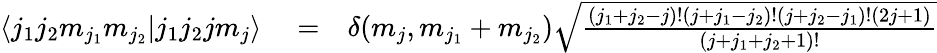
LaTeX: \begin{array}{rlr}{\left<j_{1}j_{2}m_{j_{1}}m_{j_{2}}|j_{1}j_{2}jm_{j}\right>}&{{}=}&{\delta(m_{j},m_{j_{1}}+m_{j_{2}})\sqrt{\frac{\left(j_{1}+j_{2}-j\right)!\left(j+j_{1}-j_{2}\right)!\left(j+j_{2}-j_{1}\right)!(2j+1)}{\left(j+j_{1}+j_{2}+1\right)!}}}\end{array}